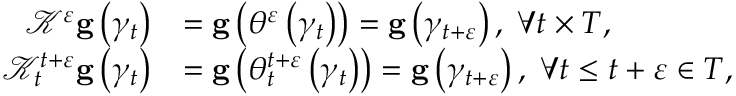
\begin{array} { r l } { \mathcal { K } ^ { \varepsilon } \mathbf { g } \left( \gamma _ { t } \right) } & { = \mathbf { g } \left( \theta ^ { \varepsilon } \left( \gamma _ { t } \right) \right) = \mathbf { g } \left( \gamma _ { t + \varepsilon } \right) , \; \forall t \times T , } \\ { \mathcal { K } _ { t } ^ { t + \varepsilon } \mathbf { g } \left( \gamma _ { t } \right) } & { = \mathbf { g } \left( \theta _ { t } ^ { t + \varepsilon } \left( \gamma _ { t } \right) \right) = \mathbf { g } \left( \gamma _ { t + \varepsilon } \right) , \; \forall t \leq t + \varepsilon \in T , } \end{array}